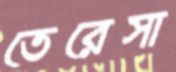
তেরেসা